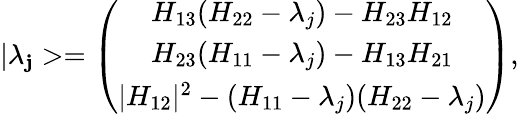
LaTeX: |\lambda_{\mathbf{j}}>=\left(\begin{array}{c}{{H_{13}(H_{22}-\lambda_{j})-H_{23}H_{12}}}\\ {{H_{23}(H_{11}-\lambda_{j})-H_{13}H_{21}}}\\ {{|H_{12}|^{2}-(H_{11}-\lambda_{j})(H_{22}-\lambda_{j})}}\end{array}\right),